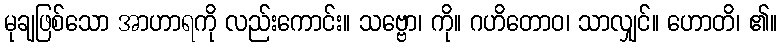
မုချဖြစ်သော အာဟာရကို လည်းကောင်း။ သဗ္ဗော၊ ကို။ ဂဟိတောဝ၊ သာလျှင်။ ဟောတိ၊ ၏။